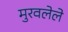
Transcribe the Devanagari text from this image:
मुरवलेले